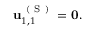
\begin{array} { r } { \mathbf { u } _ { 1 , 1 } ^ { \mathrm { ~ ( ~ S ~ ) ~ } } = \mathbf { 0 } . } \end{array}